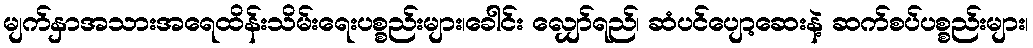
မျက်နှာအသားအရေထိန်းသိမ်းရေးပစ္စည်းများ၊ခေါင်း လျှော်ရည်၊ ဆံပင်ပျော့ဆေးနဲ့ ဆက်စပ်ပစ္စည်းများ၊